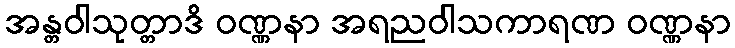
အန္တဝါသုတ္တာဒိ ဝဏ္ဏနာ အရညဝါသကာရဏ ဝဏ္ဏနာ